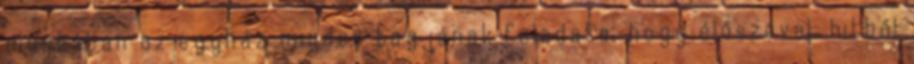
munkában az egyház minden tagjának feladata, hogy élőszóval, hitből